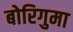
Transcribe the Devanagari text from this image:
बोरिगुमा